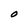
Character: O